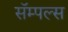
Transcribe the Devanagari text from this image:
सॅम्पल्स